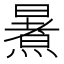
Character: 𭧶